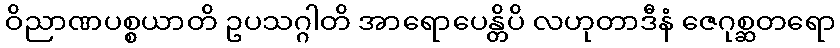
ဝိညာဏပစ္စယာတိ ဥပသဂ္ဂါတိ အာရောပေန္တိပိ လဟုတာဒီနံ ဇေဂုစ္ဆတရော